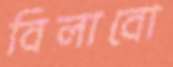
বিলাবো